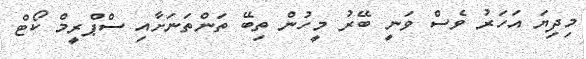
މިދިޔަ އަހަރު ވެސް ވަނީ ބޭރު މީހުން ތިބޭ ތަންތަނަށާއި ސްޕްރީމް ކޯޓް